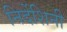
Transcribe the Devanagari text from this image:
निर्देशिनी